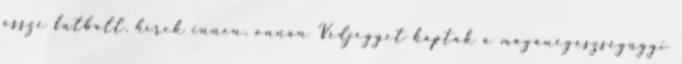
össze futball. hírek innen, onnan Védjegyet kaptak a magánegészségügyi